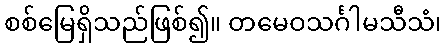
စစ်မြေရှိသည်ဖြစ်၍။ တမေဝသင်္ဂါမသီသံ၊